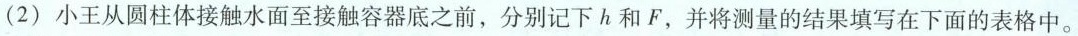
(2) 小王从圆柱体接触水面至接触容器底之前，分别记下h和F，并将测量的结果填写在下面的表格中。